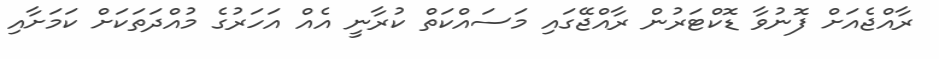
ރާއްޖެއަށް ފޮނުވާ ޑޮކްޓަރުން ރާއްޖޭގައި މަސައްކަތް ކުރާނީ އެއް އަހަރުގެ މުއްދަތަކަށް ކަމަށާއި